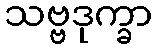
သဗ္ဗဒုက္ခာ